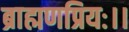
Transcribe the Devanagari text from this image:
ब्राह्मणप्रियः।।